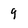
Character: 9